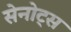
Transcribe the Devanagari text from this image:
सेनोट्स